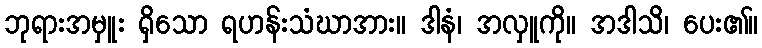
ဘုရားအမှူး ရှိသော ရဟန်းသံဃာအား။ ဒါနံ၊ အလှူကို။ အဒါသိ၊ ပေး၏။